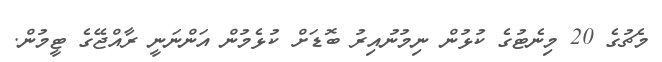
މެޗުގެ 20 މިނެޓުގެ ކުޅުން ނިމުނުއިރު ބޮޑަށް ކުޅެމުން އަންނަނީ ރާއްޖޭގެ ޓީމުން.